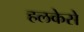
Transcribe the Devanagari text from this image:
हलकेसे